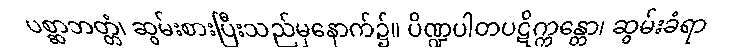
ပစ္ဆာဘတ္တံ၊ ဆွမ်းစားပြီးသည်မှနောက်၌။ ပိဏ္ဍပါတပဋိက္ကန္တော၊ ဆွမ်းခံရာ